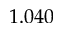
1 . 0 4 0